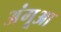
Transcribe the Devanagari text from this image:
अंगूआ